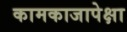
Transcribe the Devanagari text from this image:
कामकाजापेक्षा